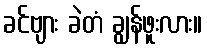
ခင်ဗျား ခဲတံ ချွန်ဖူးလား။